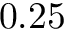
0 . 2 5